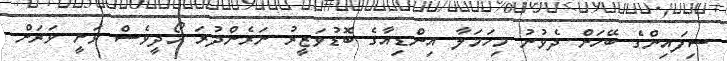
ސިފައިންގެ ބޭހަށް ދެވުނު މިހަމަލާ އިންޑިއާގެ ބޮޑުވަޒީރު ނަރެންދުރަ މޯދީވެސް ވަނީ ވަރަށް